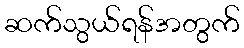
ဆက်သွယ်ရန်အတွက်